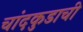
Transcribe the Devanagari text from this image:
चांदकुडाची